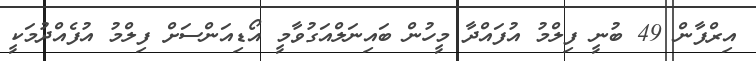
އިރްފާން 49 ބުނީ ފިލްމު އުފައްދާ މީހުން ބައިނަލްއަގުވާމީ އޯޑިއަންސަށް ފިލްމު އުފެއްދުމަކީ